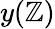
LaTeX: y(\mathbb{Z})